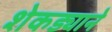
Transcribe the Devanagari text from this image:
शेकड्याने